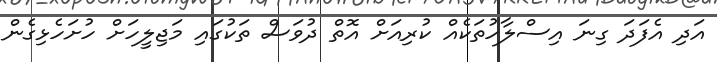
އަދި އެފަދަ ގިނަ އިސްލާހުތަކެއް ކުރިއަށް އޮތް ދުވަސް ތަކުގައި މަޖިލީހަށް ހުށަހެޅިގެން